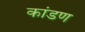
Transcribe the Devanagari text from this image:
कांडण